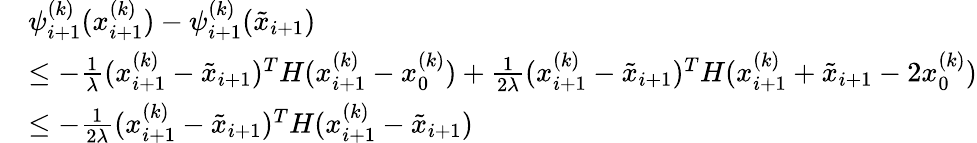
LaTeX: \begin{array}{rl}&{\psi_{i+1}^{(k)}(x_{i+1}^{(k)})-\psi_{i+1}^{(k)}(\tilde{x}_{i+1})}\\ &{\leq-\frac{1}{\lambda}(x_{i+1}^{(k)}-\tilde{x}_{i+1})^{T}H(x_{i+1}^{(k)}-x_{0}^{(k)})+\frac{1}{2\lambda}(x_{i+1}^{(k)}-\tilde{x}_{i+1})^{T}H(x_{i+1}^{(k)}+\tilde{x}_{i+1}-2x_{0}^{(k)})}\\ &{\leq-\frac{1}{2\lambda}(x_{i+1}^{(k)}-\tilde{x}_{i+1})^{T}H(x_{i+1}^{(k)}-\tilde{x}_{i+1})}\end{array}